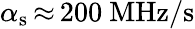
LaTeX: \alpha_{\mathrm{s}}\, {\approx}\, 200~\mathrm{MHz/s}